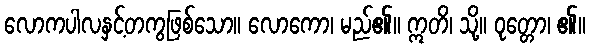
လောကပါလနှင့်တကွဖြစ်သော။ လောကော၊ မည်၏။ ဣတိ၊ သို့။ ဝုတ္တော၊ ၏။